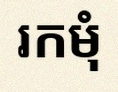
រកមុំ